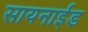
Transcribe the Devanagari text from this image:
सायनाईड